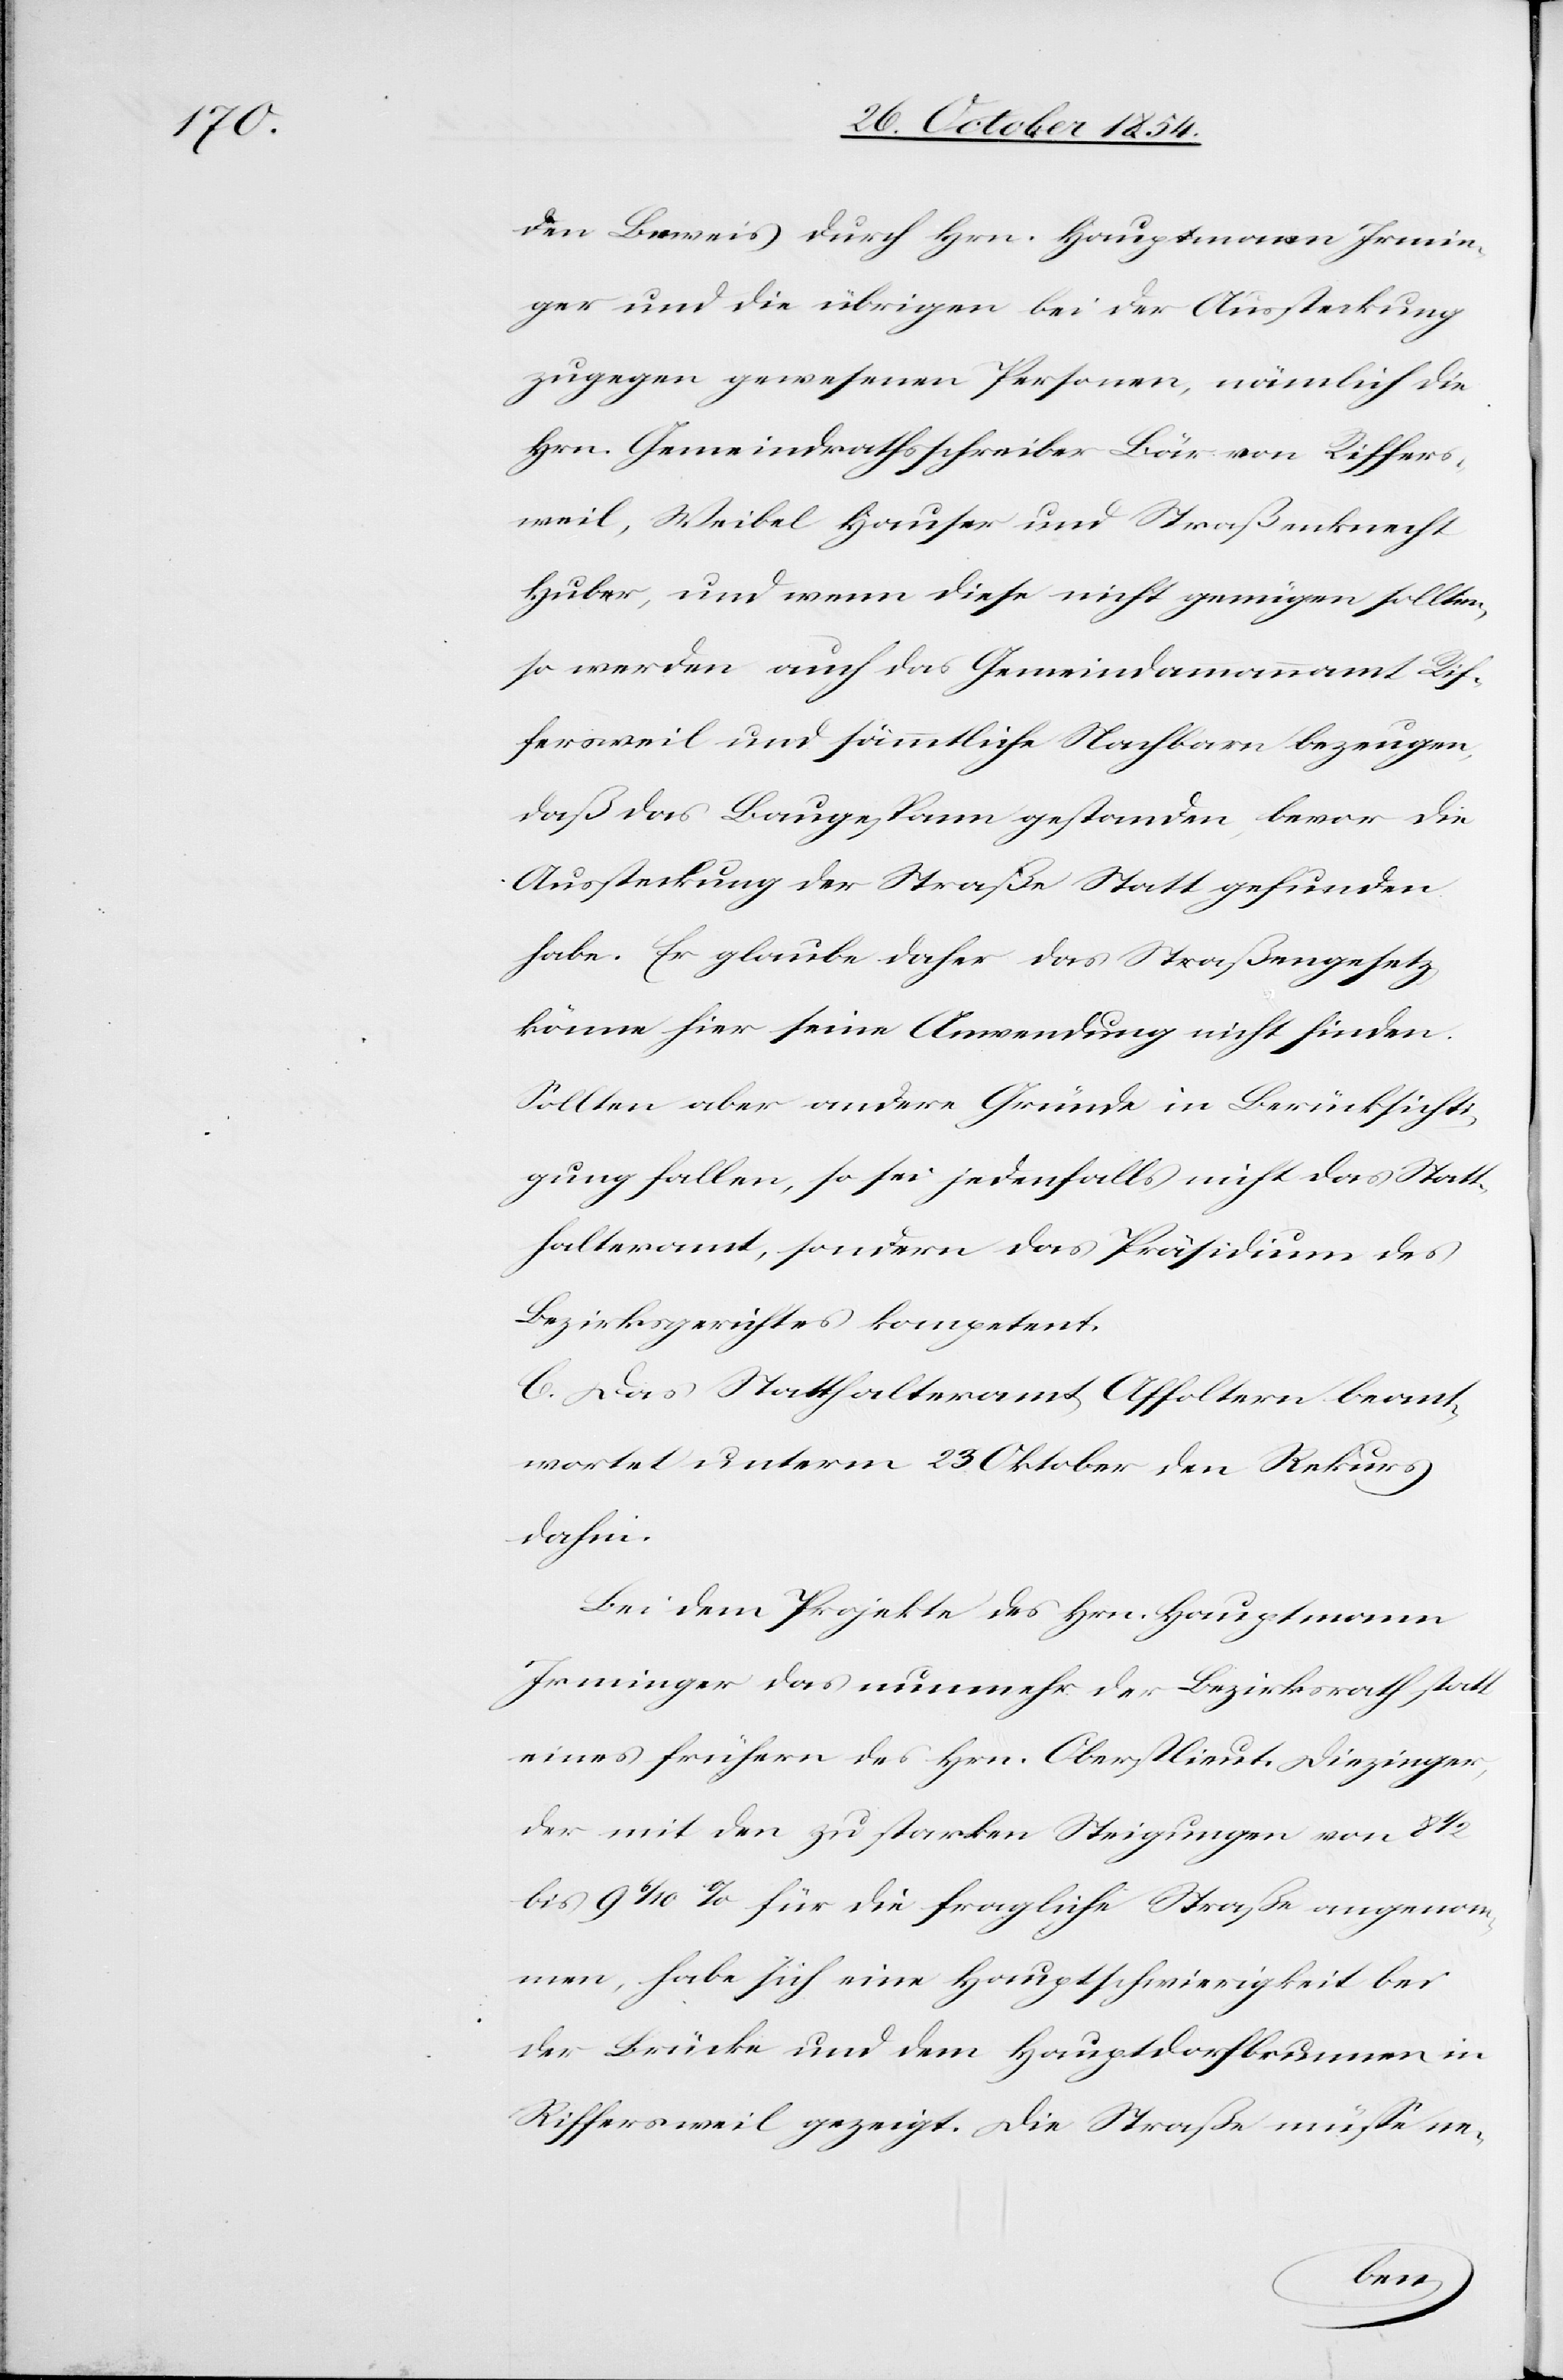
den Beweis durch Hrn. Hauptmann Irmin¬
ger und die übrigen bei der Aussteckung
zugegen gewesenen Personen, nämlich die
Hrn. Gemeindrathsschreiber Bär von Riffers¬
weil, Weibel Hauser und Straßenknecht
Huber, und wenn diese nicht genügen sollten,
so werden auch das Gemeindammannamt Rif¬
fersweil und sämmtliche Nachbarn bezeugen,
daß das Baugespann gestanden, bevor die
Aussteckung der Straße Statt gefunden
habe. Er glaube daher das Straßengesetz
könne hier seine Anwendung nicht finden.
Sollten aber andere Gründe in Berücksichti¬
gung fallen, so sei jedenfalls nicht das Statt¬
halteramt, sondern das Präsidium des
Bezirksgerichtes kompetent.
C. Das Statthalteramt Affoltern beant¬
wortet unterm 23 Oktober den Rekurs
dahin:
Bei dem Projekte des Hrn. Hauptmann
Irminger das nunmehr der Bezirksrath statt
eines frühern des Hrn. Oberstlieut. Diezinger,
der mit den zu starken Steigungen von 8 1/2
bis 9 6/10% für die fragliche Straße angenom¬
men, habe sich eine Hauptschwierigkeit bei
der Brücke und dem Hauptdorfbrunnen in
Riffersweil gezeigt. Die Straße müße ne-